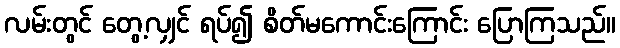
လမ်းတွင် တွေ့လျှင် ရပ်၍ စိတ်မကောင်းကြောင်း ပြောကြသည်။